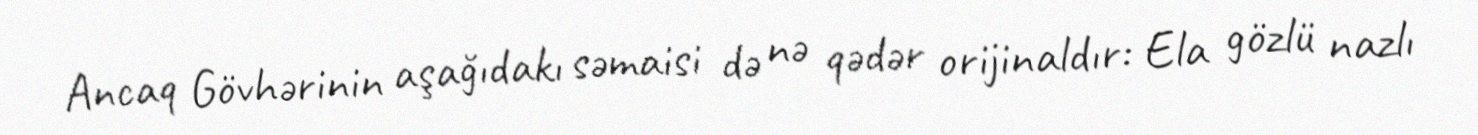
Ancaq Gövhərinin aşağıdakı səmaisi də nə qədər orijinaldır: Ela gözlü nazlı